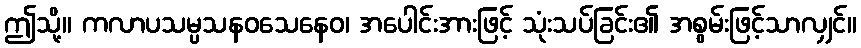
ဤသို့။ ကလာပသမ္ပသနဝသေနေဝ၊ အပေါင်းအားဖြင့် သုံးသပ်ခြင်း၏ အစွမ်းဖြင့်သာလျှင်။